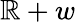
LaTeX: \mathbb{R}+w